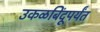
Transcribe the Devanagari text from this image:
उकळबिंदूपर्यंत